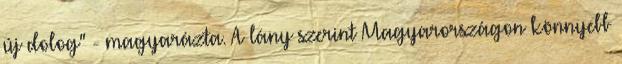
új dolog" - magyarázta. A lány szerint Magyarországon könnyebb